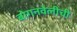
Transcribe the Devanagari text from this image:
बोगनवेलीची